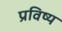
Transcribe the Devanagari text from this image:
प्रविष्य